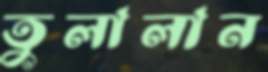
তুলালান